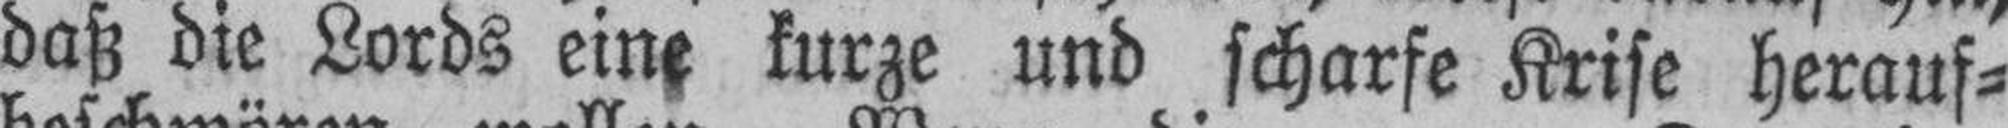
daß die Lords eine kurze und scharfe Krise herauf¬